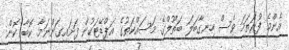
އެންމެ ފުރަތަމަ ވެސް ހިނގާބަލަ ބަތޫލްގެ މަސައްކަތުގެ އަޕްޑޭޓަކުން ފަށައިގަންނަމާ. ކޮބާ ކޮން